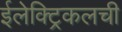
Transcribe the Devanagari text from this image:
ईलेक्ट्रिकलची